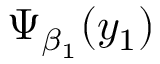
\Psi _ { \beta _ { 1 } } ( y _ { 1 } )